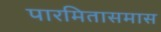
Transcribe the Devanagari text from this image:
पारमितासमास